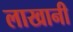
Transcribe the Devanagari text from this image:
लाखानी